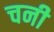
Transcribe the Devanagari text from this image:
चनी